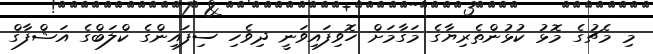
މި މެޗުގެ މޮޅު ކުޅުންތެރިޔާގެ މަގާމަށް ހޮވިފައިވަނީ ދިވެހި ސިފައިންގެ ކްލަބްގެ އަޝްފާގް